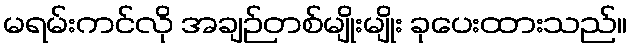
မရမ်းကင်လို အချဉ်တစ်မျိုးမျိုး ခုပေးထားသည်။